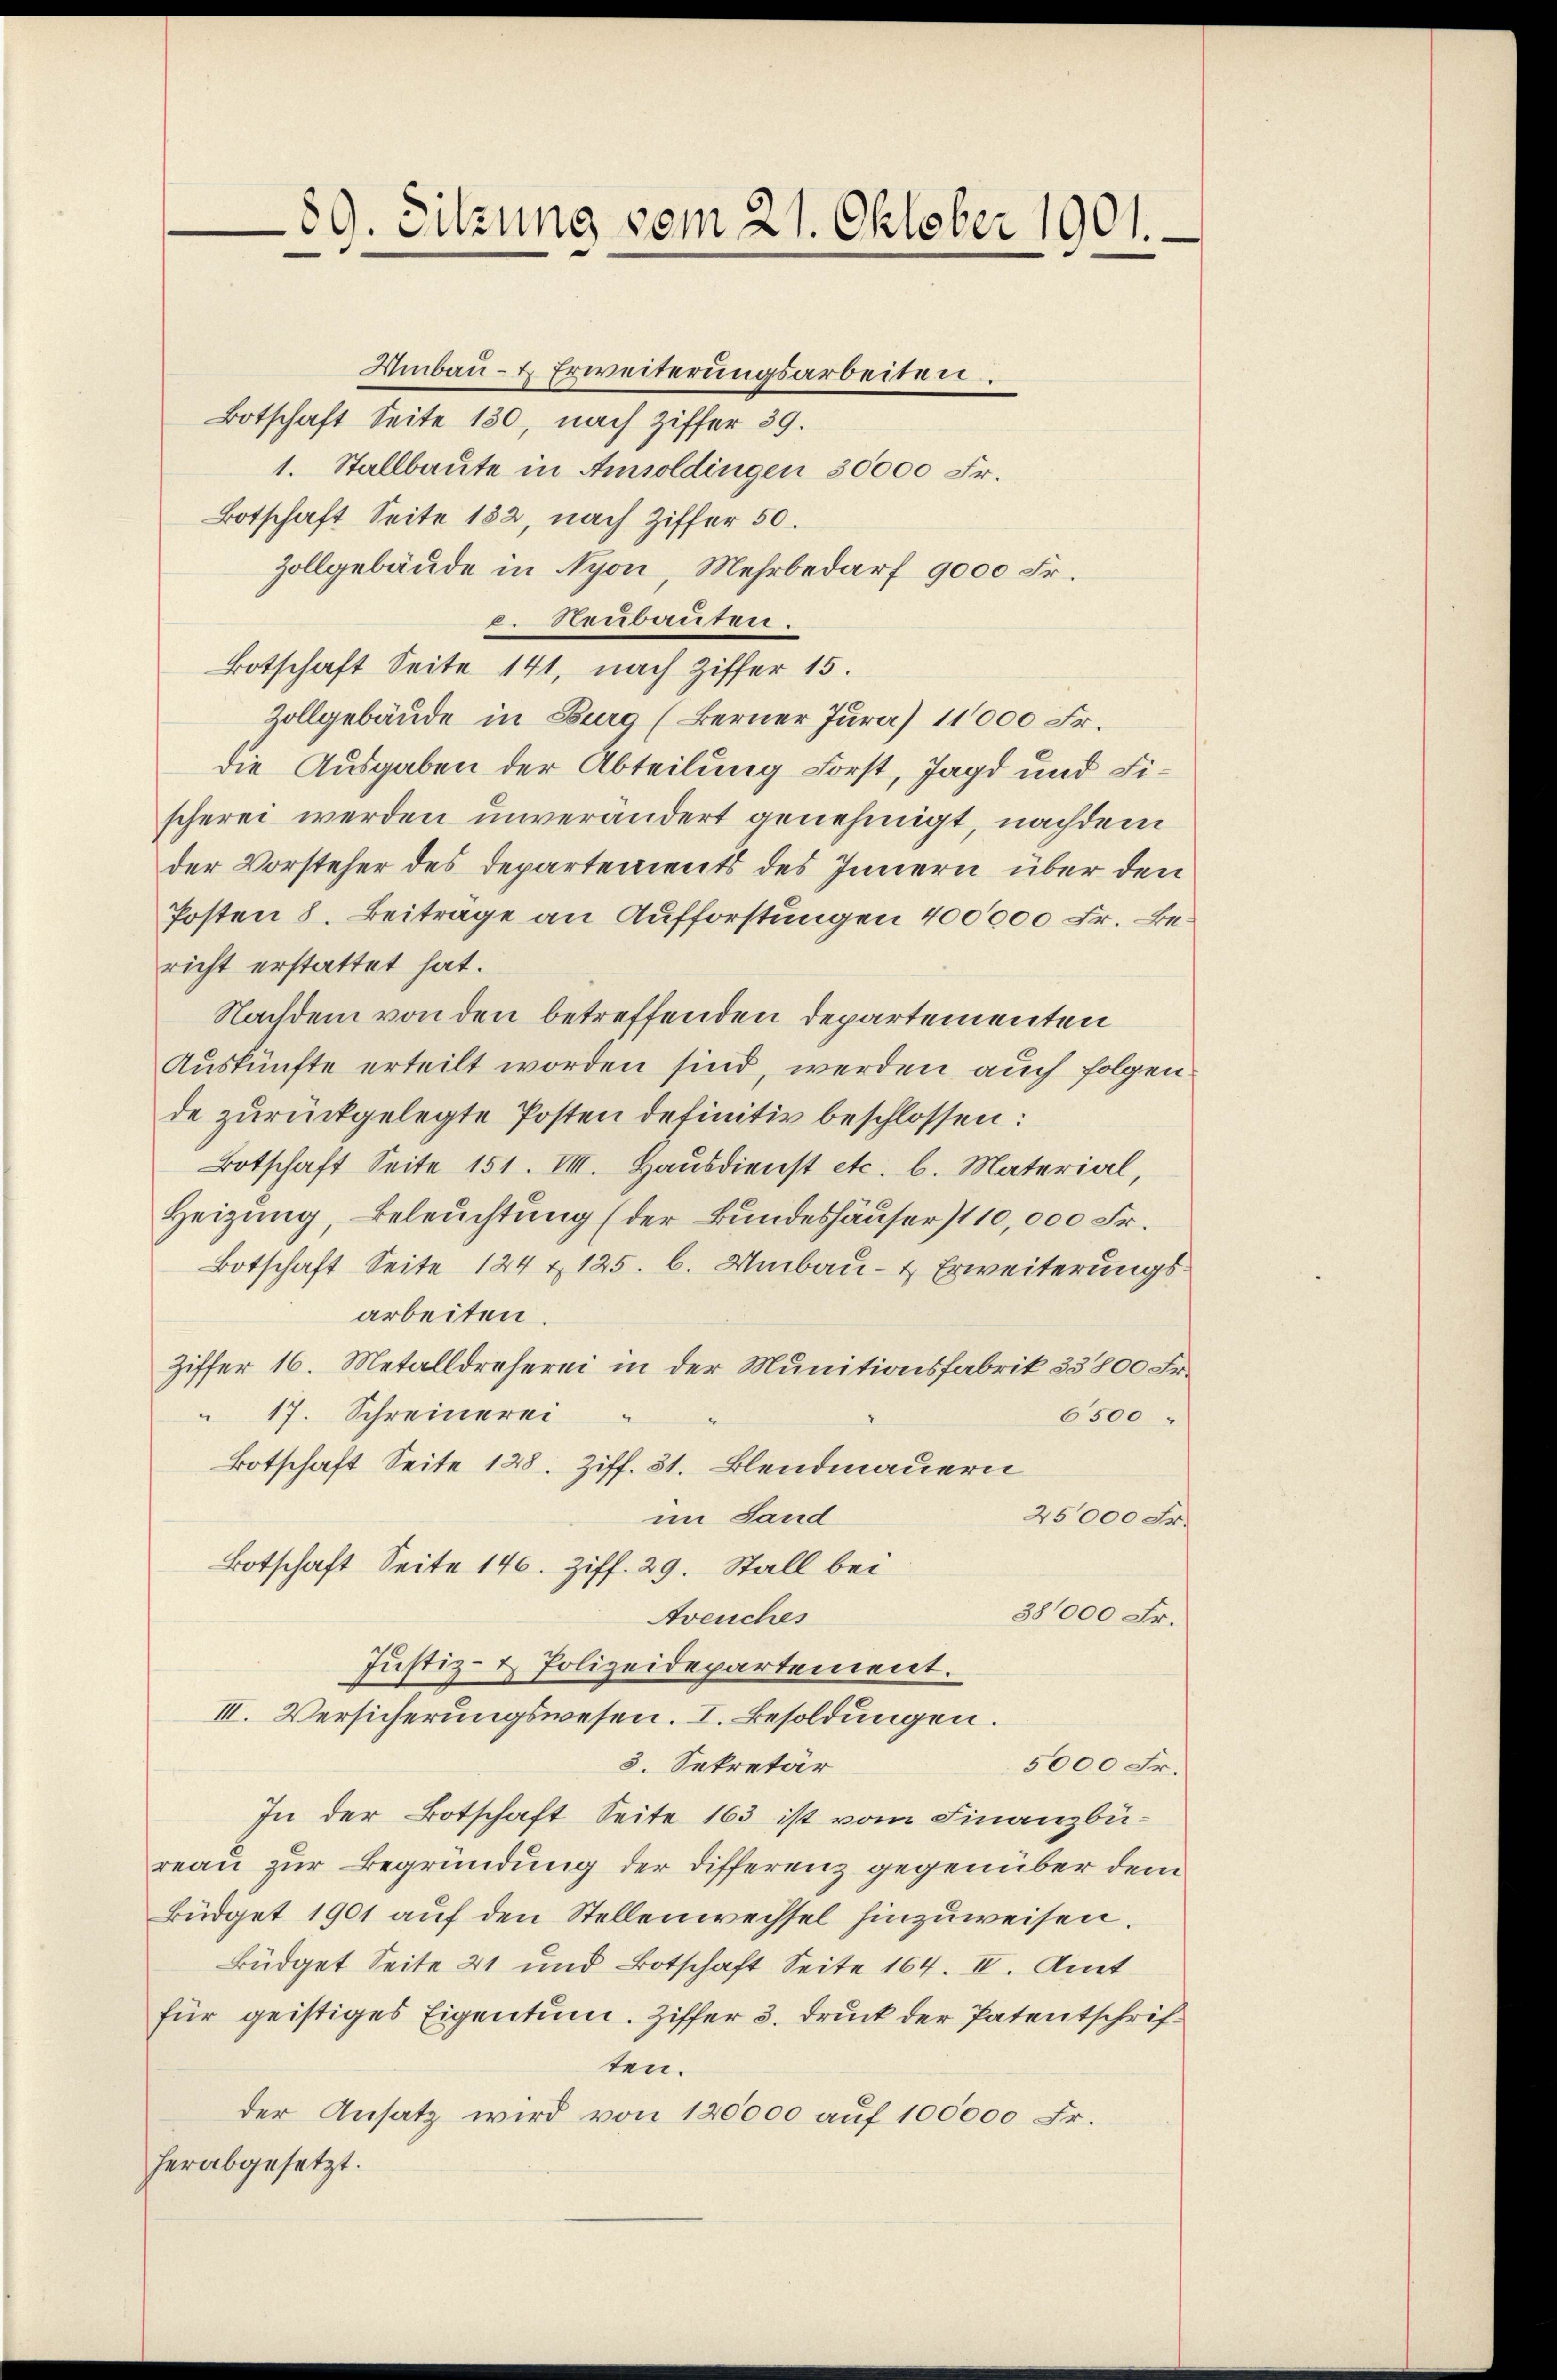
89. Sitzung vom 21. Oktober 1901.

Umbau- & Erweiterungsarbeiten.
Botschaft Seite 180, nach Ziffer 39.
1. Stallbaute in Amsoldingen 30000 Fr.
Botschaft Seite 182, nach Ziffer 50.
Zollgebäude in Nyon, Mehrbedarf 9000 Fr.
c. Neubauten.
Botschaft Seite 141, nach Ziffer 15.
Zollgebäude in Burg (Berner Jura) 11000 Fr.
die Ausgaben der Abteilung Forst, Jagd und Fischerei werden unverändert genehmigt, nachdem
der Vorsteher des Departements des Innern über den
Posten 8. Beitrage an Aufforstungen 400000 Fr. Bericht erstattet hat.
Nachdem von den betreffenden Departementen
Auskünfte erteilt worden sind, werden auch folgen
de zurückgelegte Posten definitiv beschlossen:
Botschaft Seite 151. VIII. Haŭsdienst etc. l. Material,
Heizung, Beleuchtung (der Bundeshäuser) 110,000 Fr.
Botschaft Seite 124 & 125. 6. Umbau- & Erweiterungsarbeiten.
Ziffer 16. Metalldreferei in der Munitionsfabrik 33800 Fr.
" 17. Schreinerei
6500
Botschaft Seite 128. Ziff. 31. Blendmauern
im Sand
25000 Fr.
Botschaft Seite 146. Ziff. 29. Stall bei
38000 Fr.
Areuches
Justiz- & Polizeidepartement.
III. Versicherungswesen. I. Besoldungen.
5000 Fr.
3. Sekretär
In der Botschaft Seite 163 ist vom Finanzbüreau zur Begründung der Differenz gegenüber dem
Büdget 1901 auf den Stellenwechsel hinzuweisen.
Büdget Seite 21 und Botschaft Seite 164. II. Amt
für geistiges Eigentum. Ziffer 3. Druck der Patentschriften.
der Ansatz wird von 120000 auf 100000 Fr.
herabgesetzt.